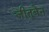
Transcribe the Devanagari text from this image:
जीतूबेन